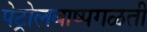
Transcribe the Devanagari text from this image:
पेट्रोलबाष्पगळती